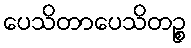
ပေသိတာပေသိတဉ္စ